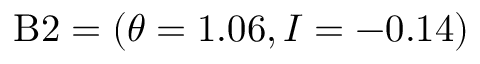
\mathrm { B } 2 = ( \theta = 1 . 0 6 , I = - 0 . 1 4 )